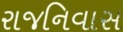
રાજનિવાસ